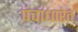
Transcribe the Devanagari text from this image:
पंचाधारेत